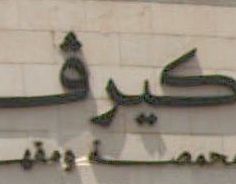
كيرف